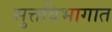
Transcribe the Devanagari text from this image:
सुत्तविभागात